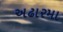
અઢારમા